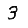
Digit: 3